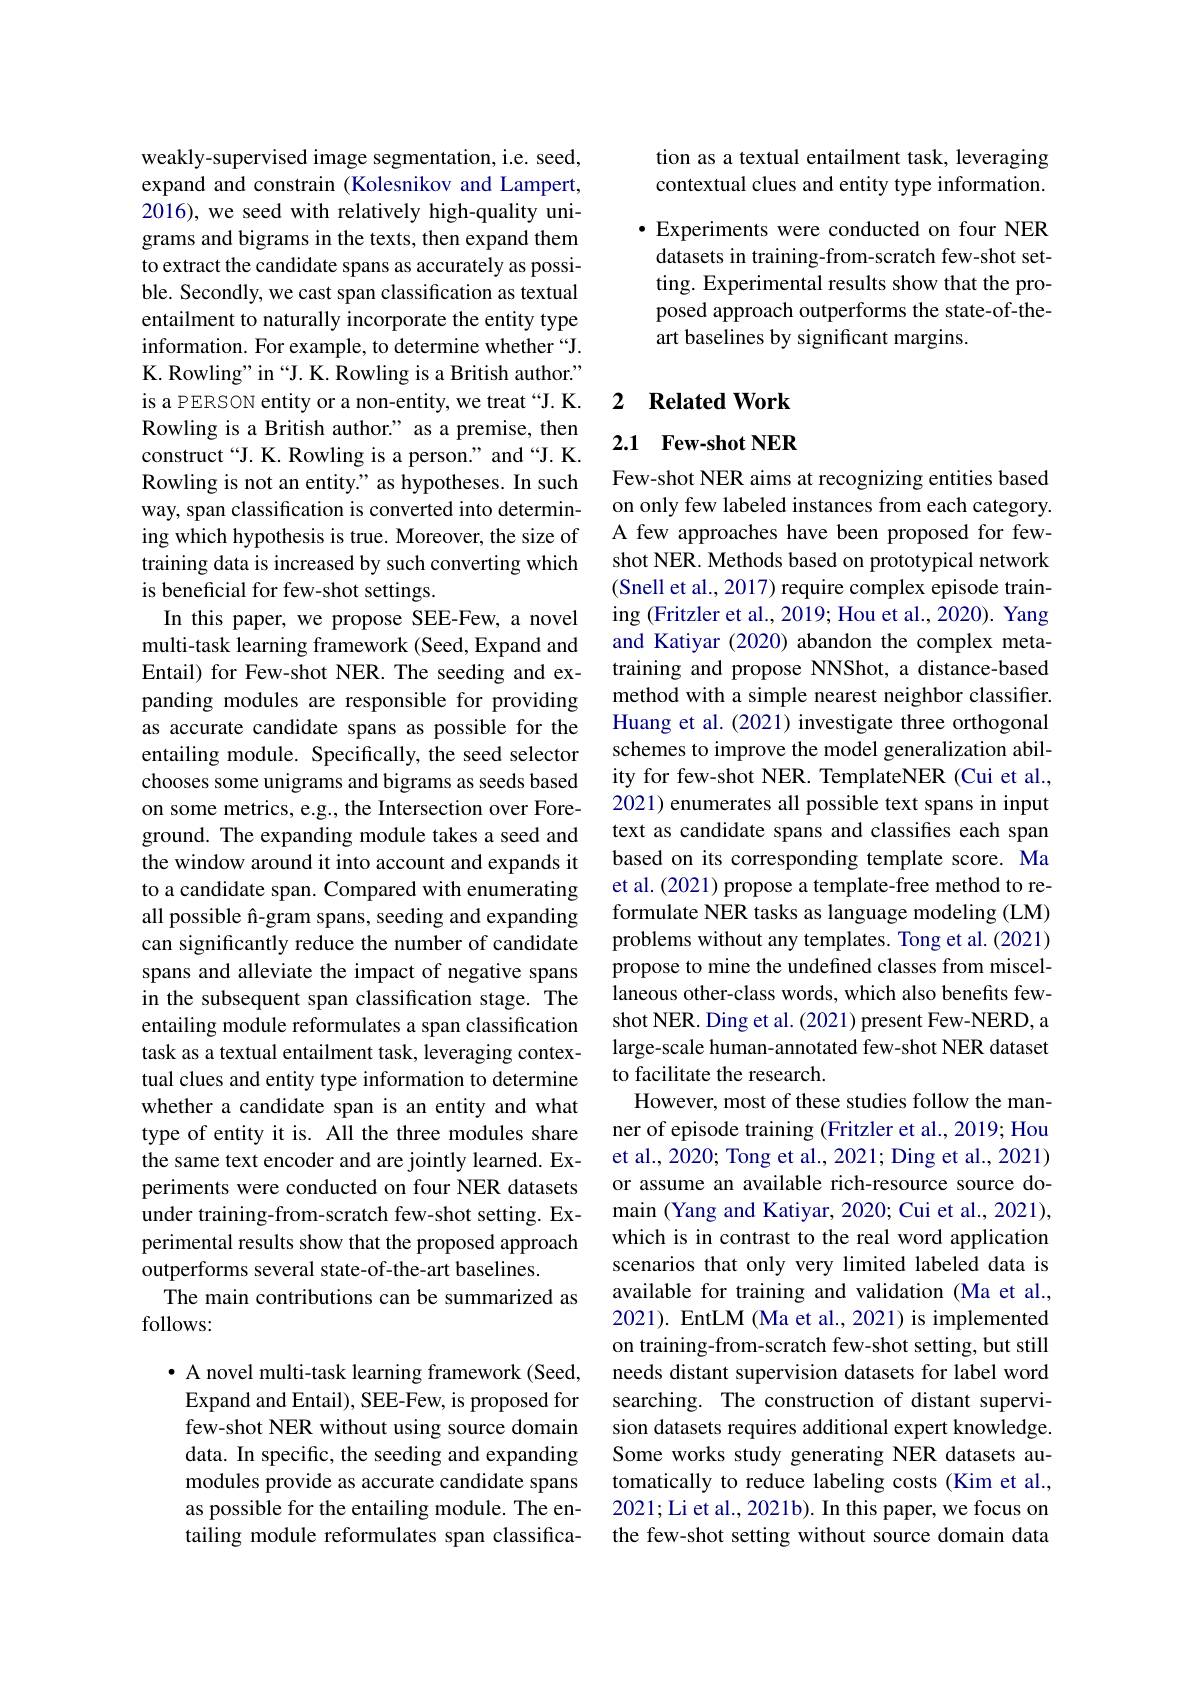
weakly-supervised image segmentation, i.e. seed, expand and constrain (Kolesnikov and Lampert, 2016), we seed with relatively high-quality unigrams and bigrams in the texts, then expand them to extract the candidate spans as accurately as possible. Secondly, we cast span classification as textual entailment to naturally incorporate the entity type information. For example, to determine whether“J. K. Rowling" in “J. K. Rowling is a British author.” is a PERSON entity or a non-entity, we treat “J. K. Rowling is a British author." as a premise, then construct“J. K. Rowling is a person" and“J. K. Rowling is not an entity." as hypotheses. In such way, span classification is converted into determining which hypothesis is true. Moreover, the size of training data is increased by such converting which is beneficial for few-shot settings.
In this paper, we propose SEE-Few, a novel multi-task learning framework (Seed, Expand and Entail) for Few-shot NER. The seeding and expanding modules are responsible for providing as accurate candidate spans as possible for the entailing module. Specifically, the seed selector chooses some unigrams and bigrams as seeds based on some metrics, e.g., the Intersection over Foreground. The expanding module takes a seed and the window around it into account and expands it to a candidate span. Compared with enumerating all possible î-gram spans, seeding and expanding can significantly reduce the number of candidate spans and alleviate the impact of negative spans in the subsequent span classification stage. The entailing module reformulates a span classification task as a textual entailment task, leveraging contextual clues and entity type information to determine whether a candidate span is an entity and what type of entity it is. All the three modules share the same text encoder and are jointly learned. Experiments were conducted on four NER datasets under training-from-scratch few-shot setting. Experimental results show that the proposed approach outperforms several state-of-the-art baselines.
The main contributions can be summarized as
follows:

$\bullet$ A novel multi-task learning framework (Seed, Expand and Entail), SEE-Few, is proposed for few-shot NER without using source domain data. In specific, the seeding and expanding modules provide as accurate candidate spans as possible for the entailing module. The entailing module reformulates span classifica-

tion as a textual entailment task, leveraging contextual clues and entity type information.

$\bullet$ Experiments were conducted on four NER datasets in training-from-scratch few-shot setting. Experimental results show that the proposed approach outperforms the state-of-theart baselines by significant margins.

## 2 $\textbf{Related Work}$

### 2.1 Few-shot NER

Few-shot NER aims at recognizing entities based on only few labeled instances from each category. A few approaches have been proposed for fewshot NER. Methods based on prototypical network (Snell et al., 2017) require complex episode training (Fritzler et al., 2019; Hou et al., 2020). Yang and Katiyar (2020) abandon the complex metatraining and propose NNShot, a distance-based method with a simple nearest neighbor classifier. Huang et al. (2021) investigate three orthogonal schemes to improve the model generalization ability for few-shot NER. TemplateNER (Cui et al., 2021) enumerates all possible text spans in input text as candidate spans and classifies each span based on its corresponding template score. Ma et al. (2021) propose a template-free method to reformulate NER tasks as language modeling (LM) problems without any templates. Tong et al. (2021) propose to mine the undefined classes from miscellaneous other-class words, which also benefits fewshot NER. Ding et al. (2021) present Few-NERD, a large-scale human-annotated few-shot NER dataset to facilitate the research.
However, most of these studies follow the manner of episode training (Fritzler et al., 2019; Hou et al., 2020; Tong et al., 2021; Ding et al., 2021) or assume an available rich-resource source domain (Yang and Katiyar, 2020; Cui et al., 2021), which is in contrast to the real word application scenarios that only very limited labeled data is available for training and validation (Ma et al., 2021). EntLM (Ma et al., 2021) is implemented on training-from-scratch few-shot setting, but still needs distant supervision datasets for label word searching. The construction of distant supervision datasets requires additional expert knowledge. Some works study generating NER datasets automatically to reduce labeling costs (Kim et al., 2021; Li et al., 2021b). In this paper, we focus on the few-shot setting without source domain data